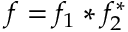
f = f _ { 1 } * f _ { 2 } ^ { * }